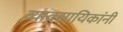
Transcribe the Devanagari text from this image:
व्यावसायिकांनी